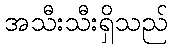
အသီးသီးရှိသည်